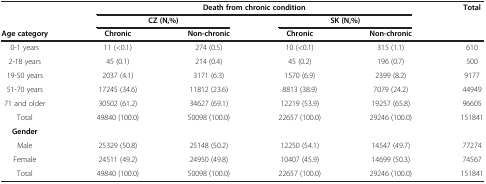
<table><thead><tr><td><b> </b></td><td colspan="4"><b>Death from chronic condition</b></td><td><b>Total</b></td></tr><tr><td><b> </b></td><td colspan="2"><b>CZ (N,%)</b></td><td colspan="2"><b>SK (N,%)</b></td><td><b> </b></td></tr><tr><td><b>Age category</b></td><td><b>Chronic</b></td><td><b>Non-chronic</b></td><td><b>Chronic</b></td><td><b>Non-chronic</b></td><td><b> </b></td></tr></thead><tbody><tr><td>0-1 years</td><td>11 (&lt;0.1)</td><td>274 (0.5)</td><td>10 (&lt;0.1)</td><td>315 (1.1)</td><td>610</td></tr><tr><td>2-18 years</td><td>45 (0.1)</td><td>214 (0.4)</td><td>45 (0.2)</td><td>196 (0.7)</td><td>500</td></tr><tr><td>19-50 years</td><td>2037 (4.1)</td><td>3171 (6.3)</td><td>1570 (6.9)</td><td>2399 (8.2)</td><td>9177</td></tr><tr><td>51-70 years</td><td>17245 (34.6)</td><td>11812 (23.6)</td><td>8813 (38.9)</td><td>7079 (24.2)</td><td>44949</td></tr><tr><td>71 and older</td><td>30502 (61.2)</td><td>34627 (69.1)</td><td>12219 (53.9)</td><td>19257 (65.8)</td><td>96605</td></tr><tr><td>Total</td><td>49840 (100.0)</td><td>50098 (100.0)</td><td>22657 (100.0)</td><td>29246 (100.0)</td><td>151841</td></tr><tr><td><b>Gender</b></td><td> </td><td> </td><td> </td><td> </td><td> </td></tr><tr><td>Male</td><td>25329 (50.8)</td><td>25148 (50.2)</td><td>12250 (54.1)</td><td>14547 (49.7)</td><td>77274</td></tr><tr><td>Female</td><td>24511 (49.2)</td><td>24950 (49.8)</td><td>10407 (45.9)</td><td>14699 (50.3)</td><td>74567</td></tr><tr><td>Total</td><td>49840 (100.0)</td><td>50098 (100.0)</td><td>22657 (100.0)</td><td>29246 (100.0)</td><td>151841</td></tr></tbody></table>